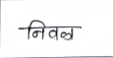
मजकूर: निवळ